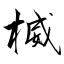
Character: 楲